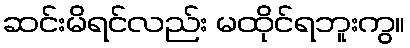
ဆင်းမိရင်လည်း မထိုင်ရဘူးကွ။